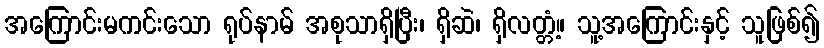
အကြောင်းမကင်းသော ရုပ်နာမ် အစုသာရှိပြီး၊ ရှိဆဲ၊ ရှိလတ္တံ့။ သူ့အကြောင်းနှင့် သူဖြစ်၍